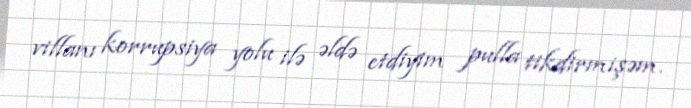
villanı korrupsiya yolu ilə əldə etdiyim pulla tikdirmişəm.